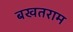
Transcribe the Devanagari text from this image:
बखतराम